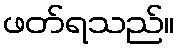
ဖတ်ရသည်။